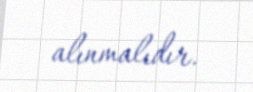
alınmalıdır.